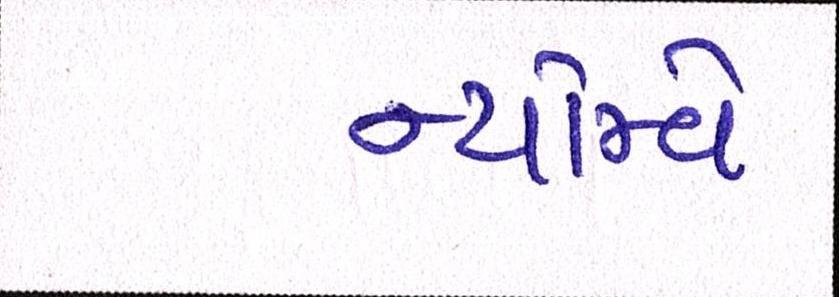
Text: ન્યોમ્વે